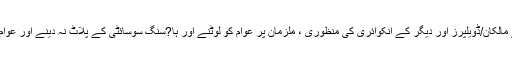
ایگزیکٹو بورڈ نے الخیر ہاوسنگ سوسائٹی کے مالکان/ڈویلپرز اور دیگر کے انکوائری کی منظوری ، ملزمان پر عوام کو لوٹنے اور ہا?سنگ سوسائٹی کے پلاٹ نہ دینے اور عوام کے 27.065 ملین روپے لوٹنے کا الزام ہے۔